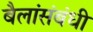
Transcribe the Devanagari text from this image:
बैलांसंबंधी